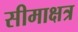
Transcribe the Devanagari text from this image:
सीमाक्षत्र